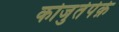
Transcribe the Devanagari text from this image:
कोजुतेपेक़े